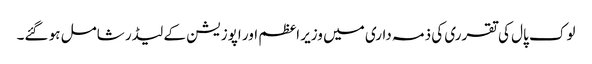
لوک پال کی تقرری کی ذمہ داری میں وزیر اعظم اور اپوزیشن کے لیڈر شامل ہو گئے۔